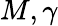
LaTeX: M,\gamma